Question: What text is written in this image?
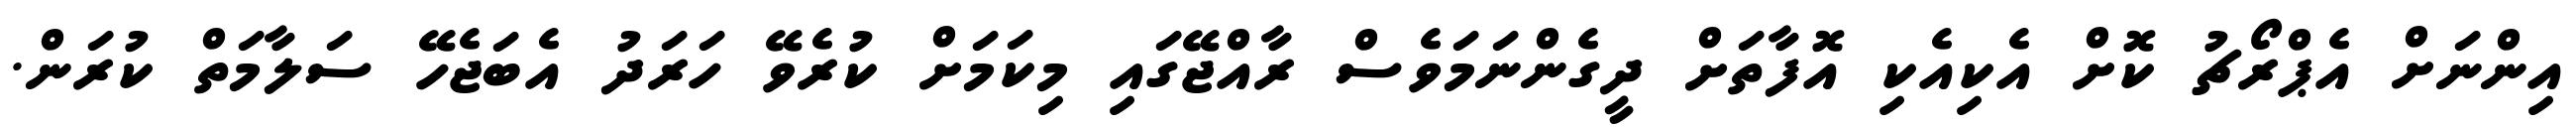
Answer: އިންނަށް އެޕްރޯޗު ކޮށް އެކިއެކި އޮފާތަށް ދީގެންނަމަވެސް ރާއްޖޭގައި މިކަމަށް ކުރެވޭ ހަރަދު އެބަޖެހޭ ސަލާމަތް ކުރަން.